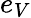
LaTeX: e_{V}